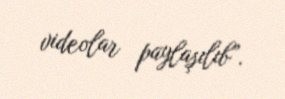
videolar paylaşılıb”.